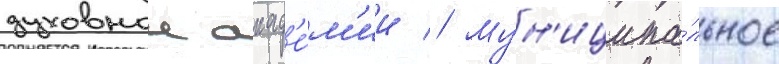
духовнои акад'е́м'ии // Мун'иципа́льное